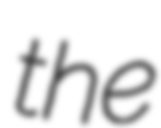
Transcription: the